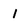
Character: l